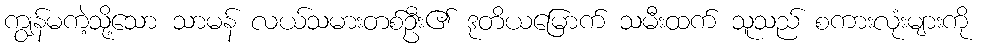
ကျွန်မကဲ့သို့သော သာမန် လယ်သမားတစ်ဦး၏ ဒုတိယမြောက် သမီးထက် သူသည် စကားလုံးများကို